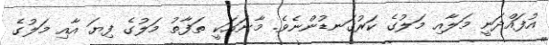
އުފައްދަނީ މަލާއި މަލުގެ ކަރުގަނޑުންނެވެ. މާނައަކީ ތަފާތު މަލުގެ ފިޔަ އާއި މަލުގެ